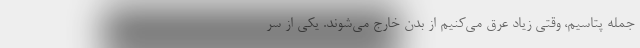
جمله پتاسیم، وقتی زیاد عرق می‌کنیم از بدن خارج می‌شوند. یکی از سر